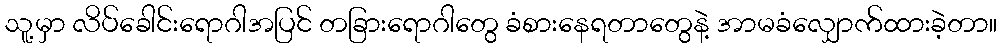
သူ့မှာ လိပ်ခေါင်းရောဂါအပြင် တခြားရောဂါတွေ ခံစားနေရတာတွေနဲ့ အာမခံလျှောက်ထားခဲ့တာ။